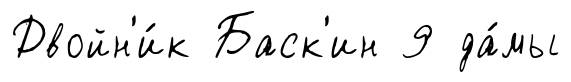
Двойн'и́к Баск'ин 9 да́мы